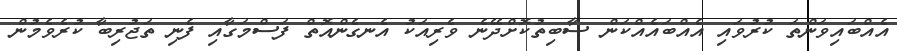
އެއްބައިވަންތަ ކުރުވައި އެއްބައެއްކަން ސާބިތުކޮށްދޭނެ ވެރިއަކު އެނގެންއޮތް ފަސްމަގާއި ފެނި ތަޖުރިބާ ކުރެވެމުން